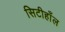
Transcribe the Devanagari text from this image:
सिटीहाँल